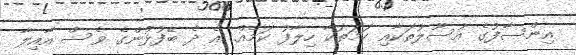
އިންސާފުގެ އުސޫލުތަކާއި ހަމަތަކާ ހިލާފު ކަމެއް. އެ ދެ ބޭފުޅުންގެ ވެސް އާއިލާ